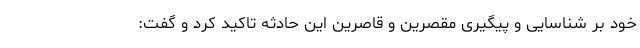
خود بر شناسایی و پیگیری مقصرین و قاصرین این حادثه تاکید کرد و گفت: